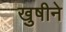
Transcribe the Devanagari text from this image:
खुषीने